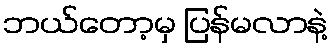
ဘယ်တော့မှ ပြန်မလာနဲ့